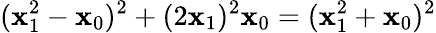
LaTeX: (\mathbf{x}_{1}^{2}-\mathbf{x}_{0})^{2}+(2\mathbf{x}_{1})^{2}\mathbf{x}_{0}=(\mathbf{x}_{1}^{2}+\mathbf{x}_{0})^{2}